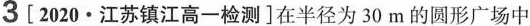
3 [2020·江苏镇江高一检测]在半径为30m的圆形广场中